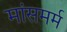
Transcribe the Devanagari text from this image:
मांसमर्म